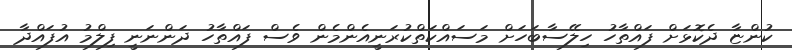
ކުންޏާ ދެކޮޅަށް ފައްތާހު ހިލޭސާބަހަށް މަސައްކަތްކުރަނީއެންމެން ވެސް ފައްތާހު ދަންނަނީ ފިލްމު އުފައްދާ